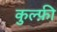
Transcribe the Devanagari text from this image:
कुल्फ़ी